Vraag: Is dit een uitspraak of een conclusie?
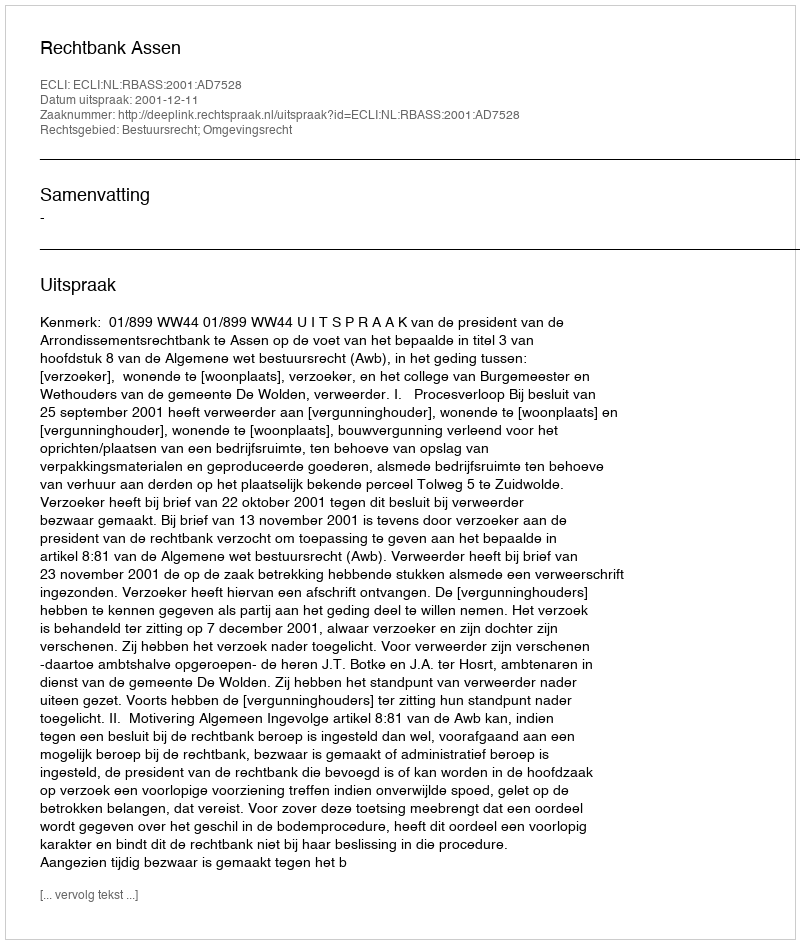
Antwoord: Uitspraak